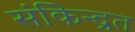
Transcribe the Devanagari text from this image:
संकेिन्द्रत